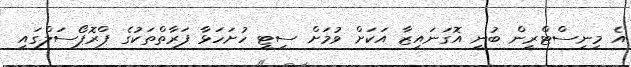
އެ މިނިސްޓްރީން ބުނީ އޮގަނައިޒާ އަކަށް ވުމަށް ސިޓީ ހުށަހަޅާ ފަރާތްތަކުގެ ޕްރޮޕޯސަލްގައި